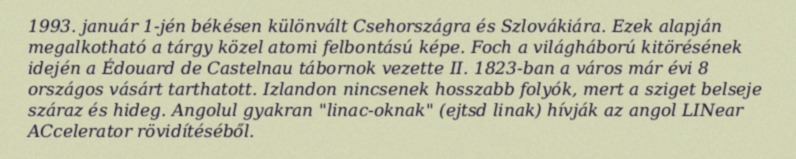
1993. január 1-jén békésen különvált Csehországra és Szlovákiára. Ezek alapján megalkotható a tárgy közel atomi felbontású képe. Foch a világháború kitörésének idején a Édouard de Castelnau tábornok vezette II. 1823-ban a város már évi 8 országos vásárt tarthatott. Izlandon nincsenek hosszabb folyók, mert a sziget belseje száraz és hideg. Angolul gyakran "linac-oknak" (ejtsd linak) hívják az angol LINear ACcelerator rövidítéséből.